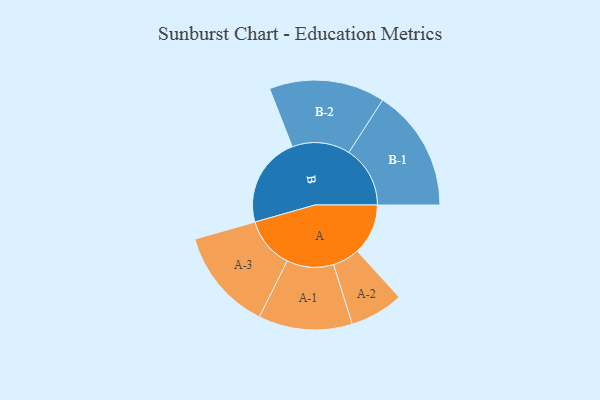
{"axis": {"x": "Segment", "y": "Value"}, "legend": ["", "A", "B"], "data": [{"x": "A", "y": 216, "type": ""}, {"x": "B", "y": 384, "type": ""}, {"x": "A-1", "y": 199, "type": "A"}, {"x": "A-2", "y": 114, "type": "A"}, {"x": "A-3", "y": 217, "type": "A"}, {"x": "B-1", "y": 260, "type": "B"}, {"x": "B-2", "y": 246, "type": "B"}]}